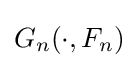
G_{n}(\cdot ,F_{n})